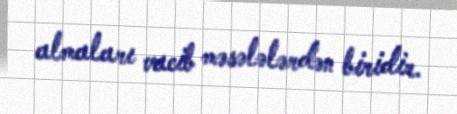
almaları vacib məsələlərdən biridir.